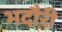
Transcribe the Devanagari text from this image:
भदौरी